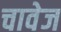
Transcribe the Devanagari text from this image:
चावेज